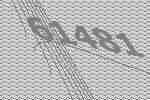
61481